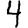
Digit: 4